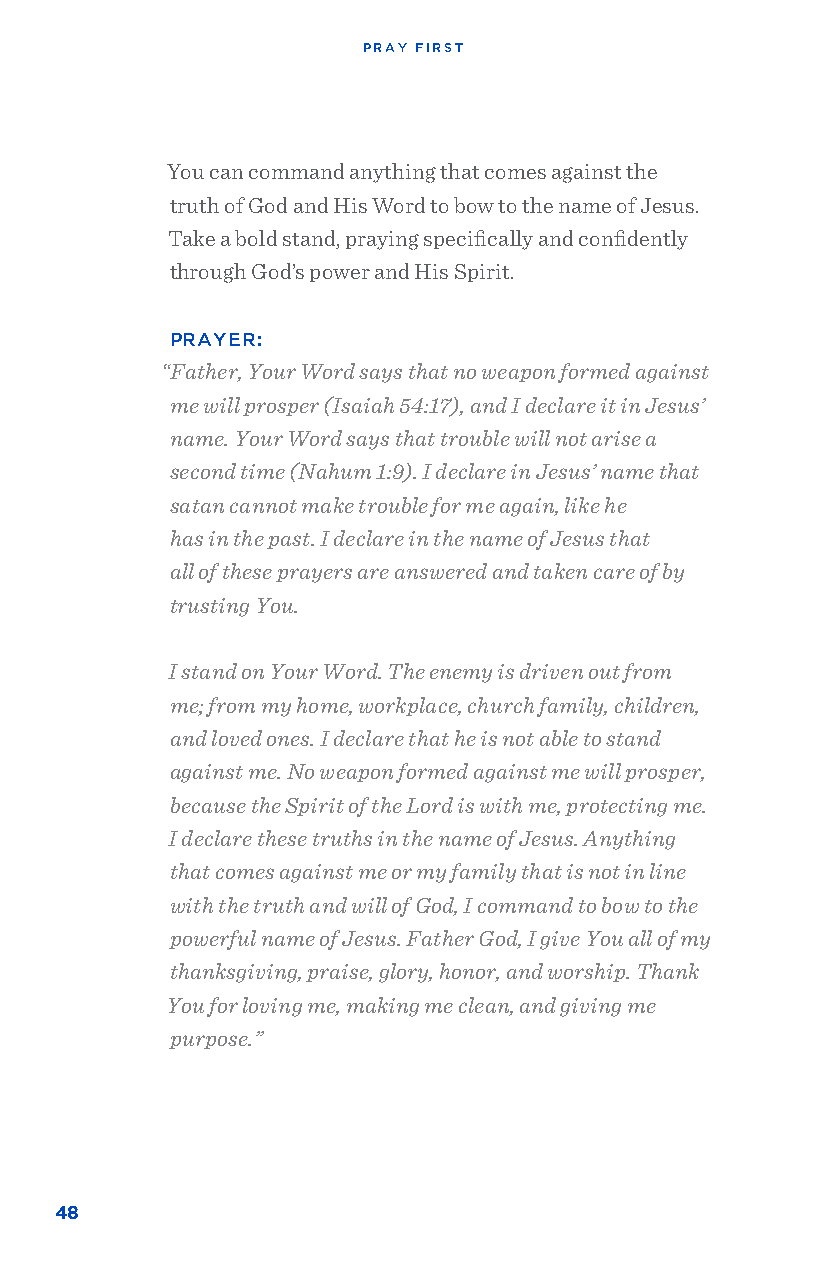
PRAY FIRST
 You can command anything that comes against the
 truth of God and His Word to bow to the name of Jesus.
 Take a bold stand, praying specifically and confidently
 through God’s power and His Spirit.
 PRAYER:
 “Father, Your Word says that no weapon formed against
 me will prosper (Isaiah 54:17), and I declare it in Jesus’
 name. Your Word says that trouble will not arise a
 second time (Nahum 1:9). I declare in Jesus’ name that
 satan cannot make trouble for me again, like he
 has in the past. I declare in the name of Jesus that
 all of these prayers are answered and taken care of by
 trusting You.
 I stand on Your Word. The enemy is driven out from
 me; from my home, workplace, church family, children,
 and loved ones. I declare that he is not able to stand
 against me. No weapon formed against me will prosper,
 because the Spirit of the Lord is with me, protecting me.
 I declare these truths in the name of Jesus. Anything
 that comes against me or my family that is not in line
 with the truth and will of God, I command to bow to the
 powerful name of Jesus. Father God, I give You all of my
 thanksgiving, praise, glory, honor, and worship. Thank
 You for loving me, making me clean, and giving me
 purpose.”
 48